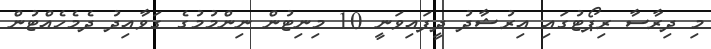
މި ދިރާސާ ރިޕޯޓުގައި އިރުޝާދު ދީފައިވަނީ 10 މިނިޓުން ނިންމުމުގެ ގަވާއިދު ދެމެހެއްޓުން